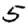
Digit: 5